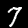
Label: 7